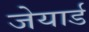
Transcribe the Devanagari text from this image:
जेयार्ड